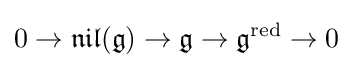
0\to {\mathfrak {nil}}({\mathfrak {g}})\to {\mathfrak {g}}\to {\mathfrak {g}}^{\mathrm {red} }\to 0